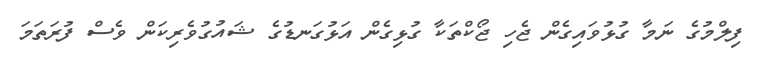
ފިލްމުގެ ނަމާ ގުޅުވައިގެން ޖެހި ޖޯކްތަކާ ގުޅިގެން އަޅުގަނޑުގެ ޝައުގުވެރިކަން ވެސް ފުރަތަމަ